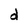
Character: d